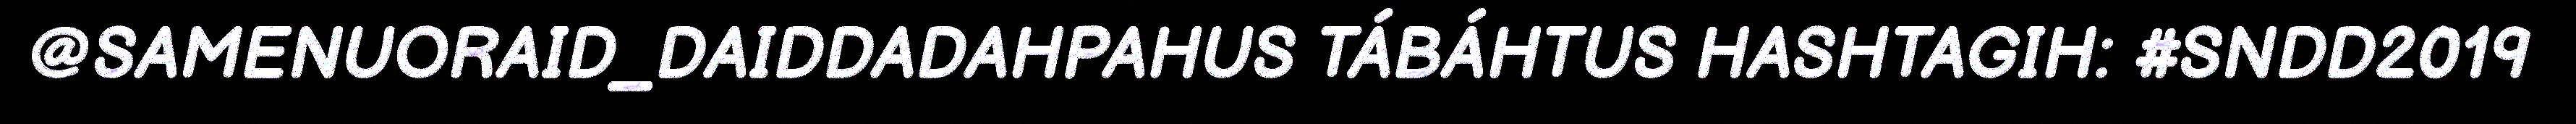
@SAMENUORAID_DAIDDADAHPAHUS TÁBÁHTUS HASHTAGIH: #SNDD2019